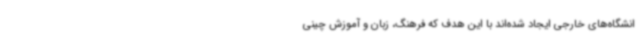
انشگاه‌های خارجی ایجاد شده‌اند با این هدف که فرهنگ، زبان و آموزش چینی